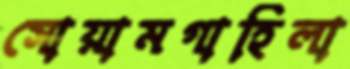
সোয়ামগাহিলা